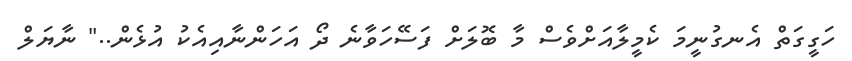
ހަގީގަތް އެނގުނީމަ ކެމީލާއަށްވެސް މާ ބޮލަށް ފަސޭހަވާނެ ދޯ އަހަންނާއިއެކު އުޅެން.." ނާޔަލް